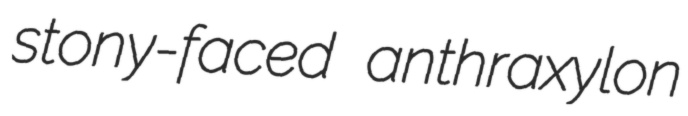
stony-faced anthraxylon